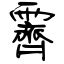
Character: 霽